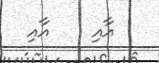
އާއި    އާއި